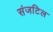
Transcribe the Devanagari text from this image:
संजटिल